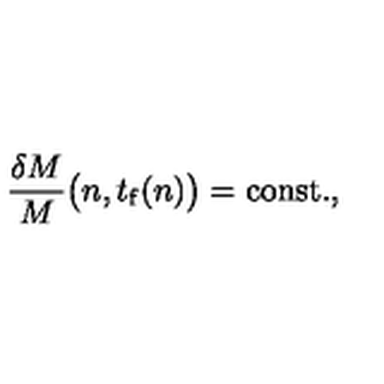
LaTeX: { \frac { \delta M } { M } } \bigl ( n , t _ { \mathrm { f } } ( n ) \bigr ) = \mathrm { c o n s t . } ,